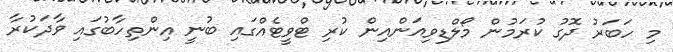
މި ހަބަރު ދޮގު ކުރަމުން މޯލްޑިވިއަންއިން ކުރި ޓްވީޓެއްގައި ބުނީ އިންތިހާބުގައި ވާދަކުރާ